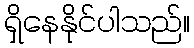
ရှိနေနိုင်ပါသည်။